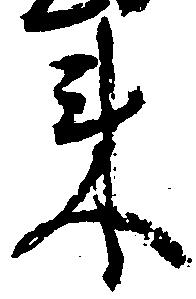
来